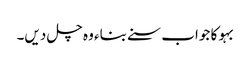
بہو کا جواب سنے بناء وہ چل دیں۔